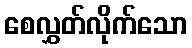
စေလွှတ်လိုက်သော